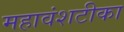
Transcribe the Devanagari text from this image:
महावंशटीका